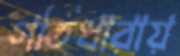
গতিধারায়